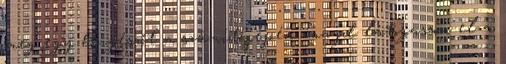
meg egy böngészőt a számítógépén, majd látogasson el a